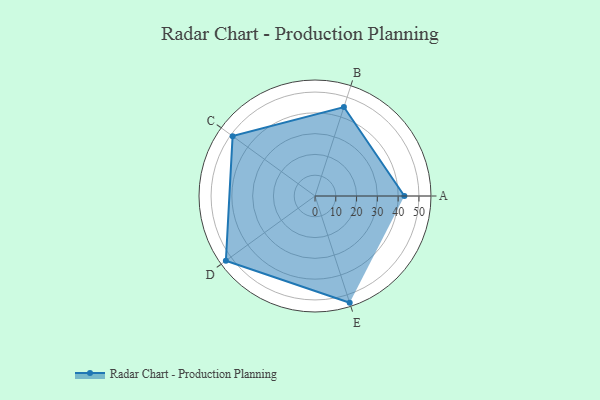
{"axis": {"x": "Skill", "y": "Score"}, "legend": ["Profile"], "data": [{"x": "A", "y": 43.0, "type": "Profile"}, {"x": "B", "y": 45.0, "type": "Profile"}, {"x": "C", "y": 49.0, "type": "Profile"}, {"x": "D", "y": 53.0, "type": "Profile"}, {"x": "E", "y": 54.0, "type": "Profile"}]}